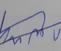
Signature authenticity: forged